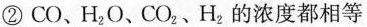
②CO、H_{2}O、CO_{2}、H_{2}的浓度都相等